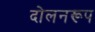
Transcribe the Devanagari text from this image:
दोलनरूप